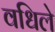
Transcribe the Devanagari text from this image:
वधिले